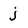
Character: j